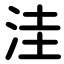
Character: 洼